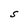
Character: S